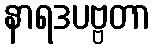
နာရဒပဗ္ဗတာ